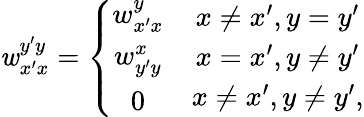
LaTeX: \mathit{w}_{x^{\prime}x}^{y^{\prime}y}=\left\{ \begin{array}{ll}{\begin{array}{c}{w_{x^{\prime}x}^{y}}\\ {w_{y^{\prime}y}^{x}}\\ {0}\end{array}}&{\begin{array}{c}{x\neq x^{\prime},y=y^{\prime}}\\ {x=x^{\prime},y\neq y^{\prime}}\\ {x\neq x^{\prime},y\neq y^{\prime},}\end{array}}\end{array}\right.